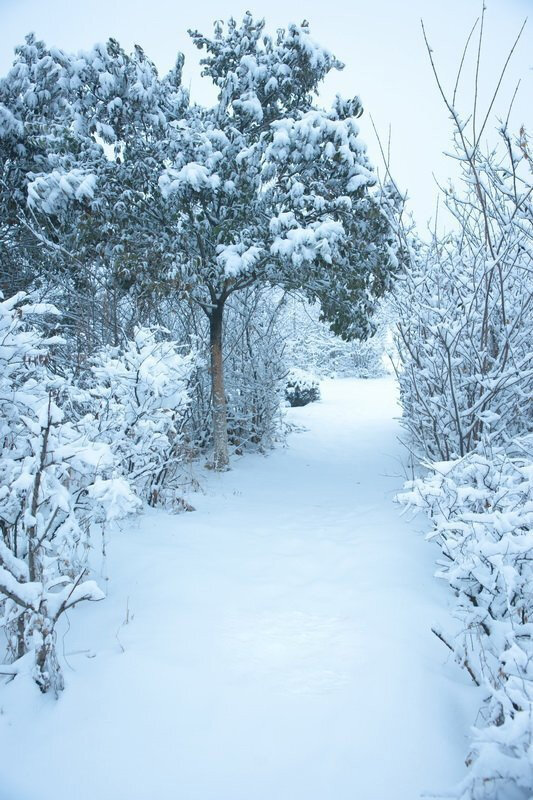
寒色孤村幕，悲风四野闻。